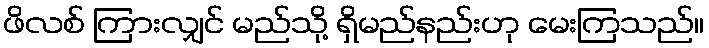
ဖိလစ် ကြားလျှင် မည်သို့ ရှိမည်နည်းဟု မေးကြသည်။